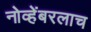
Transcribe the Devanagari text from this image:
नोव्हेंबरलाच